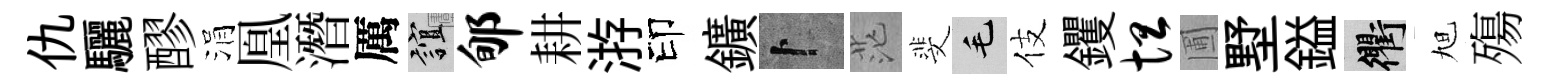
仇驪醪涓凰潛厲誼郇耕㳺印鑛卜茫斐毛伎钁坦圃墅鎰衢旭殤